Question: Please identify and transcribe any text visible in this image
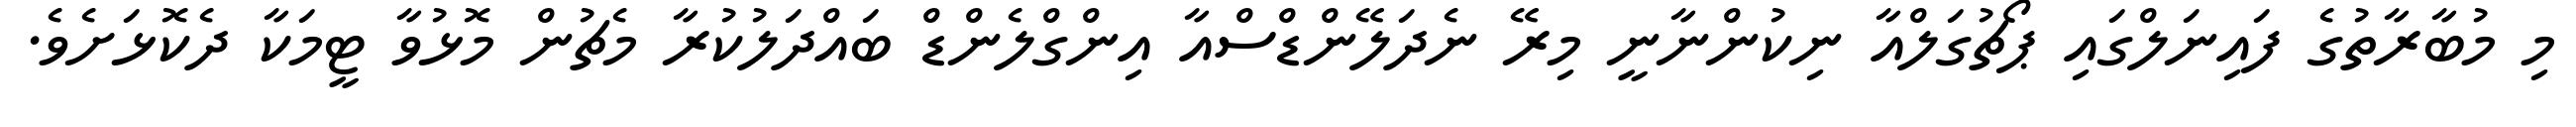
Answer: މި މުބާރާތުގެ ފައިނަލްގައި ޕޯޗުގަލްއާ ނިކުންނާނީ މިރޭ ނެދަލޭންޑްސްއާ އިންގްލެންޑް ބައްދަލުކުރާ މެޗުން މޮޅުވާ ޓީމަކާ ދެކޮޅަށެވެ.